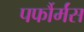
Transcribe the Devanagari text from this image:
पर्फौर्मंस